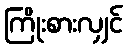
ကြိုးစားလျှင်